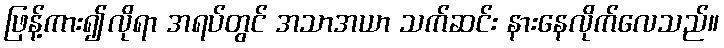
ဖြန့်ကား၍လိုရာ အရပ်တွင် အသာအယာ သက်ဆင်း နားနေလိုက်လေသည်။